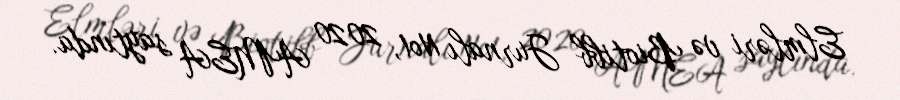
Elmləri və Biotibb Jurnalı №1, 2020 AMEA saytında.